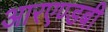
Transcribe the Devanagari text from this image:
आरएण्डबी